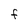
Character: F